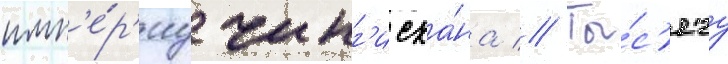
имп'е́р'иу чинг'исха́на // Ты́с'ячу